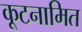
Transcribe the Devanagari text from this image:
कूटनामित